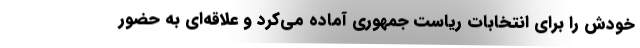
خودش را برای انتخابات ریاست جمهوری آماده می‌کرد و علاقه‌ای به حضور